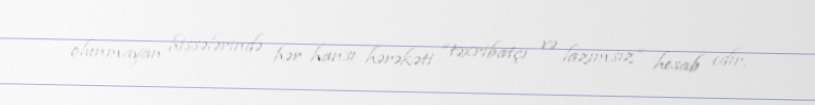
olunmayan hissələrində hər hansı hərəkəti “təxribatçı və lazımsız” hesab edir.